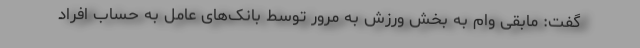
گفت: مابقی وام به بخش ورزش به مرور توسط بانک‌های عامل به حساب افراد